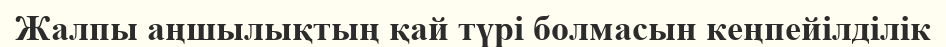
Жалпы аңшылықтың қай түрі болмасын кеңпейілділік